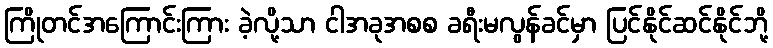
ကြိုတင်အကြောင်းကြား ခဲ့လို့သာ ငါအခုအစစ ခရီးမလွန်ခင်မှာ ပြင်နိုင်ဆင်နိုင်ဘို့